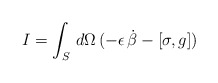
\begin{align*}I = \int_{S} \, d\Omega \, (- \epsilon \, \dot{\beta} - [\sigma,g])\end{align*}